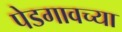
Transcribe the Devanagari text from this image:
पेडगावच्या